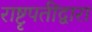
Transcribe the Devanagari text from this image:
राष्टृपतींद्वारा